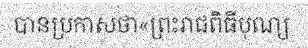
បានប្រកាសថា«ព្រះរាជពិធីបុណ្យ